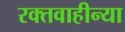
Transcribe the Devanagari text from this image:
रक्तवाहीन्या